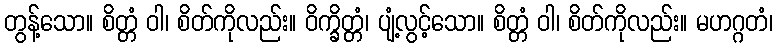
တွန့်သော။ စိတ္တံ ဝါ၊ စိတ်ကိုလည်း။ ဝိက္ခိတ္တံ၊ ပျံ့လွင့်သော။ စိတ္တံ ဝါ၊ စိတ်ကိုလည်း။ မဟဂ္ဂတံ၊